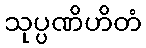
သုပ္ပဏိဟိတံ